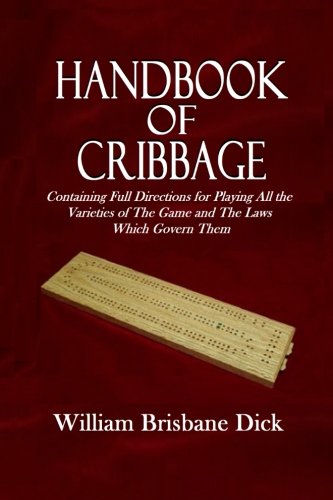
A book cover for Handbook of Cribbage: Containing Full Directions for Playing All the  Varieties of The Game and The Laws  Which Govern Them; William Brisbane Dick; Humor & Entertainment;